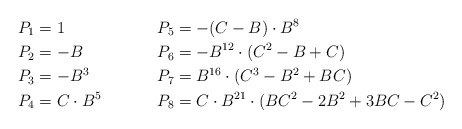
\begin{align*}P_1 &= 1 & P_5 &= -(C - B) \cdot B^{8}\\P_2 &= - B & P_6 &= - B^{12} \cdot (C^{2} - B + C)\\P_3 &= - B^{3} & P_7 &= B^{16} \cdot (C^{3} - B^{2} + B C)\\P_4 &= C \cdot B^{5} & P_8 &= C \cdot B^{21} \cdot (B C^{2} - 2 B^{2} + 3 B C - C^{2})\end{align*}